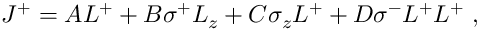
J ^ { + } = { A L ^ { + } + B \sigma ^ { + } L _ { z } + C \sigma _ { z } L ^ { + } + D \sigma ^ { - } L ^ { + } L ^ { + } } ~ , \,